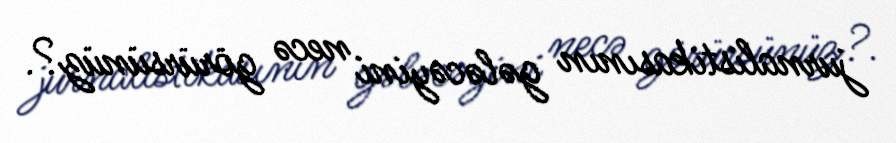
jurnalistikasının gələcəyini necə görürsünüz?.